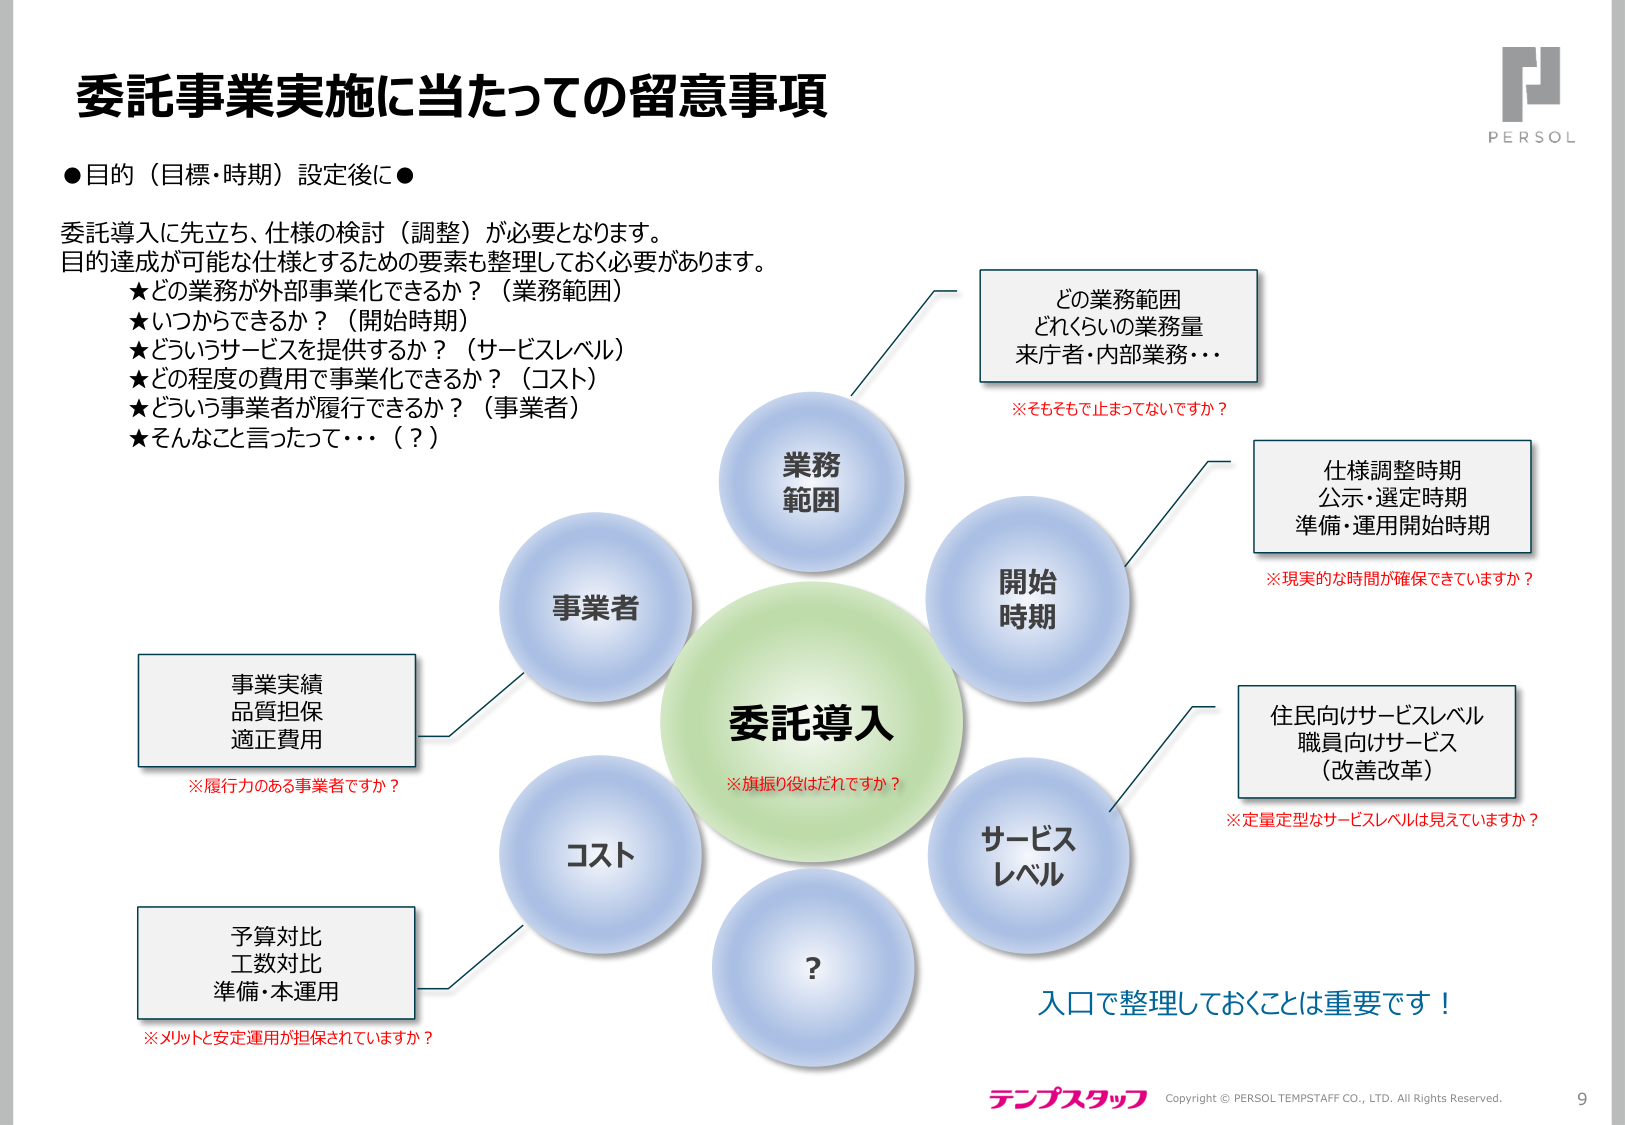
委託事業実施に当たっての留意事項

●目的（目標・時期）設定後に●

委託導入に先立ち、仕様の検討（調整）が必要となります。
目的達成が可能な仕様とするための要素も整理しておく必要があります。
★どの業務が外部事業化できるか？（業務範囲）
★いつからできるか？（開始時期）
★どういうサービスを提供するか？（サービスレベル）
★どの程度の費用で事業化できるか？（コスト）
★どういう事業者が履行できるか？（事業者）
★そんなこと言ったって・・・（？）

業務
範囲

開始
時期

サービス
レベル

？

委託導入
※旗振り役はだれですか？

事業者

コスト

どの業務範囲
どれくらいの業務量
来庁者・内部業務・・・

※そもそもで止まってないですか？

仕様調整時期
公示・選定時期
準備・運用開始時期

※現実的な時間が確保できていますか？

住民向けサービスレベル
職員向けサービス
（改善改革）

※定量定型なサービスレベルは見えていますか？

事業実績
品質担保
適正費用

※履行力のある事業者ですか？

予算対比
工数対比
準備・本運用

※メリットと安定運用が担保されていますか？

入口で整理しておくことは重要です！

テンプスタッフ
Copyright © PERSOL TEMPSTAFF CO., LTD. All Rights Reserved.
9

PERSOL